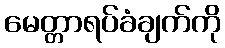
မေတ္တာရပ်ခံချက်ကို